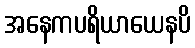
အနေကပရိယာယေနပိ